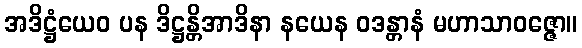
အဒိဋ္ဌံယေဝ ပန ဒိဋ္ဌန္တိအာဒိနာ နယေန ဝဒန္တာနံ မဟာသာဝဇ္ဇော။